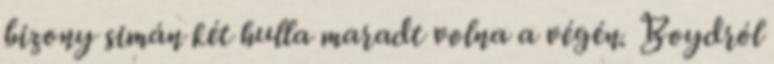
bizony simán két hulla maradt volna a végén. Boydról